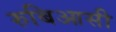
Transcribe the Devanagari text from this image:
रुबिआसी